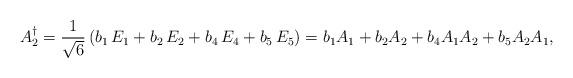
LaTeX: \begin{align*}A_2^{\dagger} = \frac{1}{\sqrt{6}} \left(b_1\, E_1 + b_2\, E_2 + b_4\, E_4 + b_5 \, E_5 \right) = b_1 A_1 + b_2 A_2 + b_4 A_1 A_2 + b_5 A_2 A_1 , \end{align*}